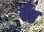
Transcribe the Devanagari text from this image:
वैष्ठ